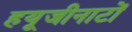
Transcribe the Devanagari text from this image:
हयूजीनाटों